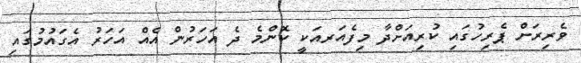
ވެރިރަށް ޕެރިހުގައި ކުރިއަށްދާ މިފެއަރއަކީ ކޮންމެ ދެ އަހަރުން އެއް އަހަރު އެގައުމުގައި